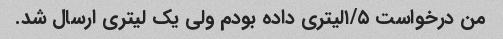
من درخواست ۱/۵لیتری داده بودم ولی یک لیتری ارسال شد.